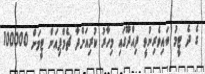
ގެ ދެ ޓީމު ބައިވެރިނުވީ ދިއްދޫގައި މިހާރު ކުރިއަށްދާ ޗެމްޕިއަން ޓީމަށް 100000